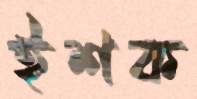
ইশক